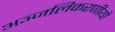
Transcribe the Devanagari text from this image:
अञ्जलिकरणीयो